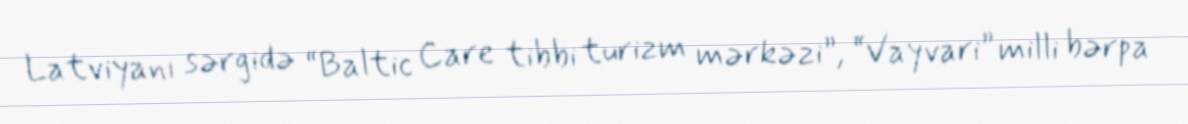
Latviyanı sərgidə “Baltic Care tibbi turizm mərkəzi”, “Vayvari” milli bərpa